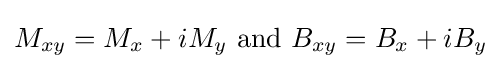
M_{xy}=M_{x}+iM_{y}{\text{  and  }}B_{xy}=B_{x}+iB_{y}